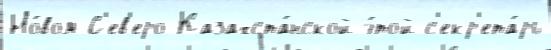
Но́вом С'ев'еро-Казахста́нской э́той с'екр'ета́рь